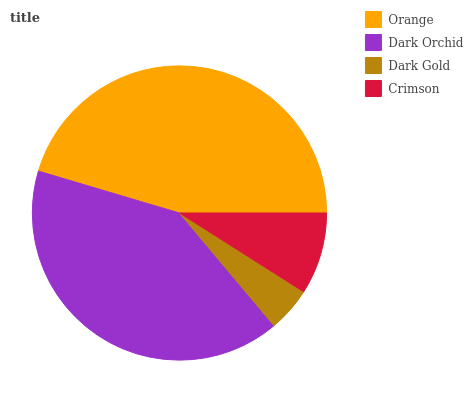
| Orange | Dark Orchid | Dark Gold | Crimson |
 | --- | --- | --- | --- |
 | 45.4% | 40.8% | 4.89% | 8.99% |